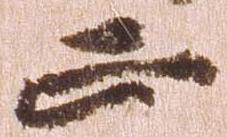
正